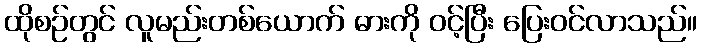
ထိုစဉ်တွင် လူမည်းတစ်ယောက် ဓားကို ဝင့်ပြီး ပြေးဝင်လာသည်။